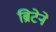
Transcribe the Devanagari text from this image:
ब्रिटेने